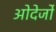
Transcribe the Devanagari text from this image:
ओदेर्जो